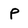
Character: P